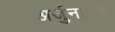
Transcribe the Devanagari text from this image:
अर्जुनारिष्ट